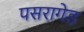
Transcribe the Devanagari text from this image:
पसरागेड